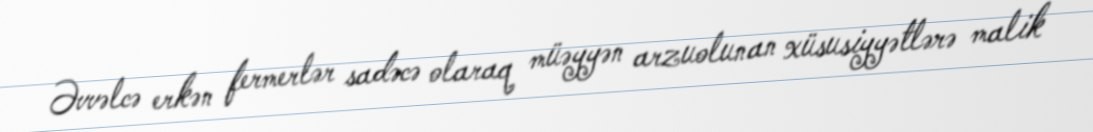
Əvvəlcə erkən fermerlər sadəcə olaraq müəyyən arzuolunan xüsusiyyətlərə malik